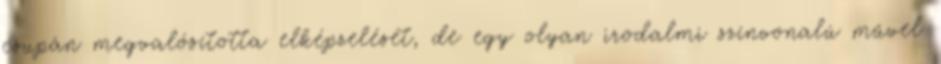
csupán megvalósította elképzelését, de egy olyan irodalmi színvonalú művel